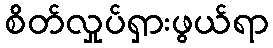
စိတ်လှုပ်ရှားဖွယ်ရာ